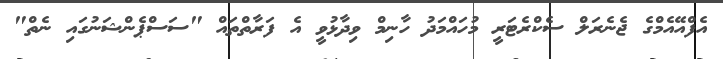
އެފްއޭއެމްގެ ޖެނެރަލް ސެކްރެޓަރީ މުހައްމަދު ހާނިމް ވިދާޅުވީ އެ ފަރާތްތައް "ސަސްޕެންޝަނުގައި ނެތް"